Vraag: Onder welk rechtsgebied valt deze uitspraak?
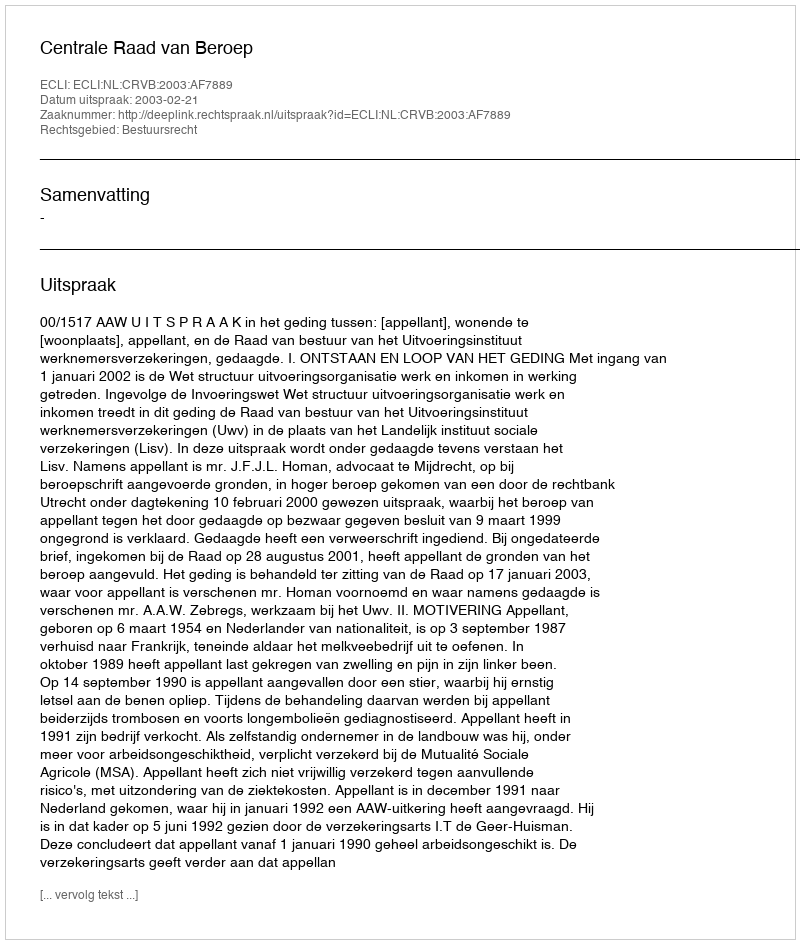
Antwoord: Bestuursrecht